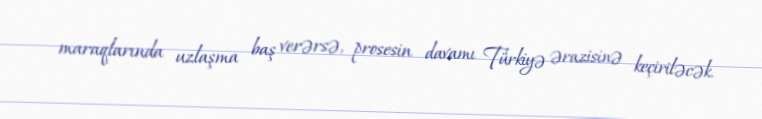
maraqlarında uzlaşma baş verərsə, prosesin davamı Türkiyə ərazisinə keçiriləcək.